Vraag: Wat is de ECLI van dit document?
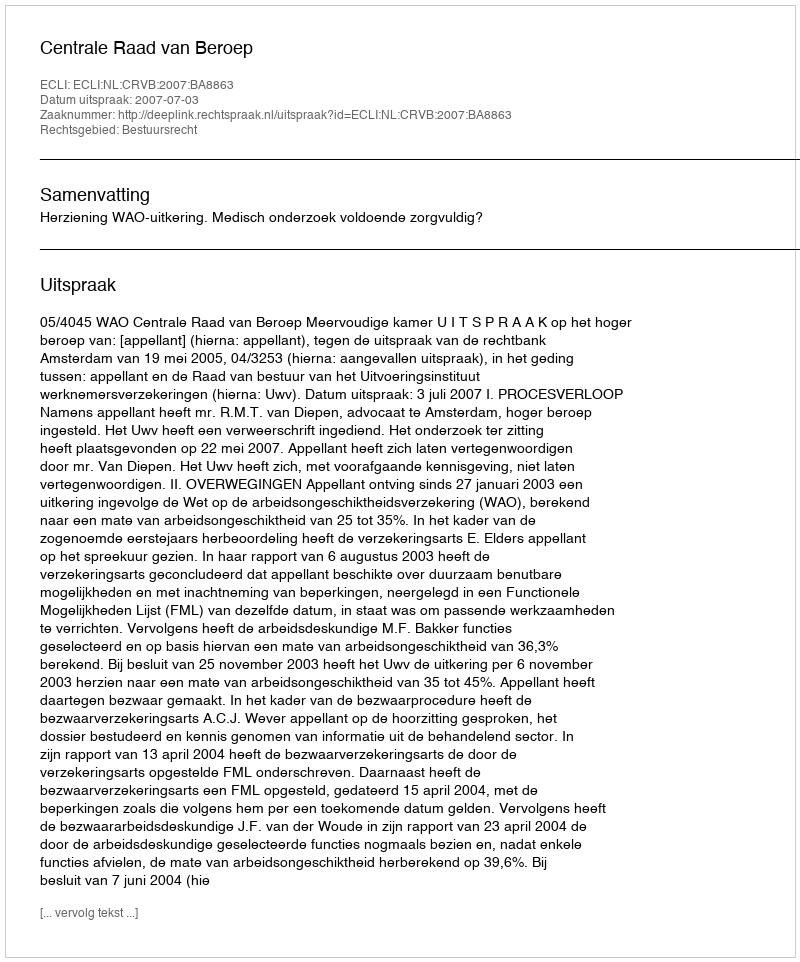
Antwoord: ECLI:NL:CRVB:2007:BA8863